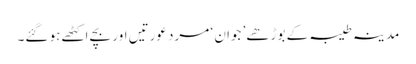
مدینہ طیبہ کے بوڑھے’ جوان ‘ مرد عورتیں اور بچے اکٹھے ہو گئے۔